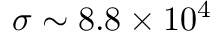
\sigma \sim 8 . 8 \times 1 0 ^ { 4 }